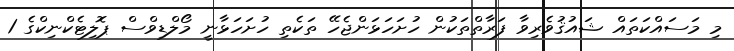
މި މަސައްކަތައް ޝައުޤުވެރިވާ ފަރާތްތަކުން ހުށަހަޅަންޖެހޭ ތަކެތި ހުށަހަޅާނީ މޯލްޑިވްސް ޕޮލިޓެކްނިކްގެ 1